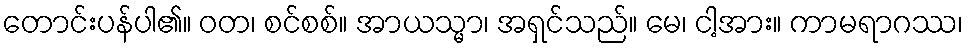
တောင်းပန်ပါ၏။ ဝတ၊ စင်စစ်။ အာယသ္မာ၊ အရှင်သည်။ မေ၊ ငါ့အား။ ကာမရာဂဿ၊